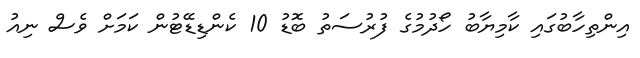
އިންތިހާބުގައި ކާމިޔާބު ހޯދުމުގެ ފުރުސަތު ބޮޑު 10 ކެންޑިޑޭޓުން ކަމަށް ވެސް ނިއު